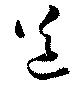
道